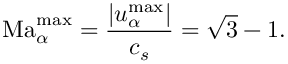
\mathrm { M a } _ { \alpha } ^ { \mathrm { m a x } } = \frac { \lvert u _ { \alpha } ^ { \mathrm { m a x } } \lvert } { c _ { s } } = \sqrt { 3 } - 1 .